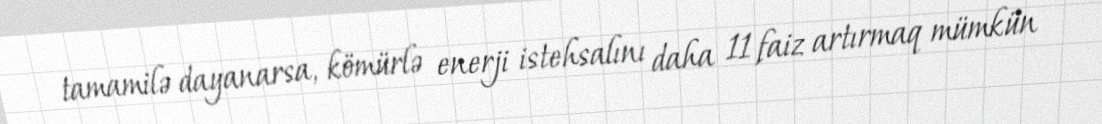
tamamilə dayanarsa, kömürlə enerji istehsalını daha 11 faiz artırmaq mümkün